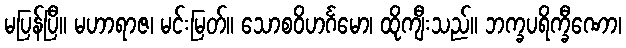
မပြန်ပြီ။ မဟာရာဇ၊ မင်းမြတ်။ သောစဝိဟင်္ဂမော၊ ထိုကျီးသည်။ ဘက္ခပရိက္ခီဏော၊